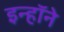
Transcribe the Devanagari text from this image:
इन्हॉने